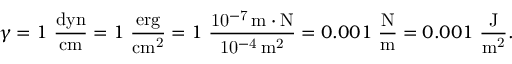
\gamma = 1 ~ \mathrm { \frac { d y n } { c m } } = 1 ~ \mathrm { \frac { e r g } { c m ^ { 2 } } } = 1 ~ \mathrm { \frac { 1 0 ^ { - 7 } \, m \cdot N } { 1 0 ^ { - 4 } \, m ^ { 2 } } } = 0 . 0 0 1 ~ \mathrm { \frac { N } { m } } = 0 . 0 0 1 ~ \mathrm { \frac { J } { m ^ { 2 } } } .